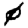
Digit: 0